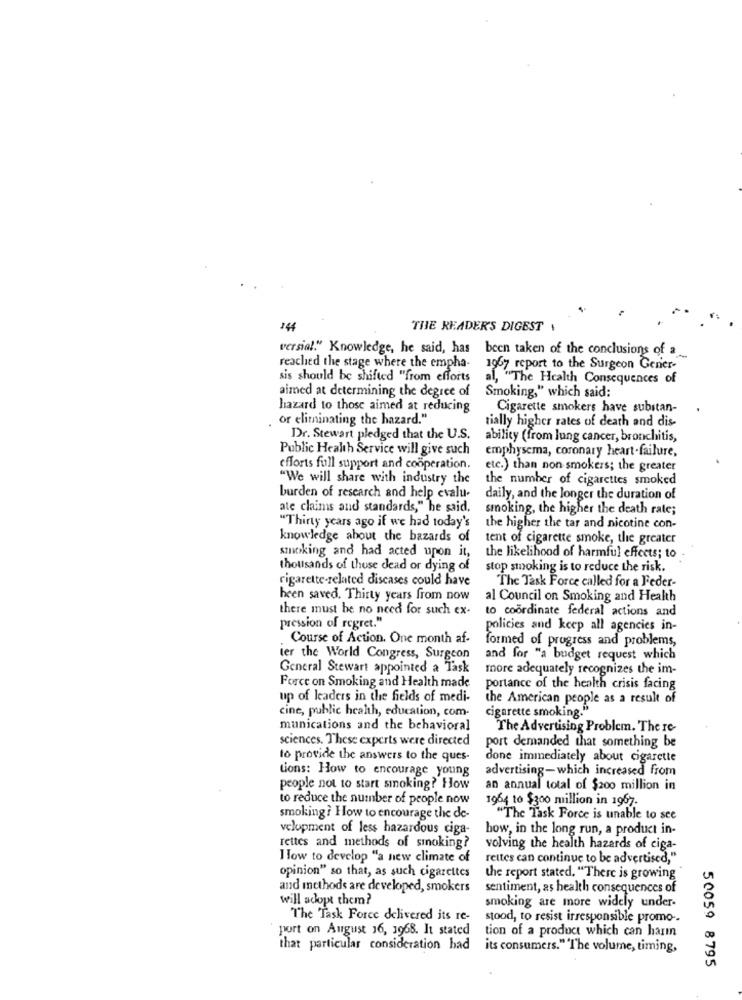
144
THE READER'S DIGEST
versial." Knowledge, he said, has been taken of the conclusions of a
reached the stage where the empha- 1967 report to the Surgeon Gener-
sis should be shifted "from efforts
al, "The Health Consequences of
aimed at determining the degree of
Smoking," which said:
hazard to those aimed at reducing
Cigarette smokers have substan-
or eliminating the hazard."
tially higher rates of death and dis-
Dr. Stewart pledged that the U.S.
ability (from lung cancer, bronchitis,
Public Health Service will give such
emphysema, coronary heart.failure,
efforts full support and cooperation.
etc.) than non smokers; the greater
"We will share with industry the
the number of cigarettes smoked
burden of research and help evalu-
daily, and the longer the duration of
ate claims and standards," he said,
smoking, the higher the death rate;
"Thirty years ago if we had today's
the higher the tar and nicotine con-
knowledge about the bazards of
tent of cigarette smoke, the greater
smoking and had acted upon it,
the likelihood of harmful effects; to
thousands of those dead or dying of
stop smoking is to reduce the risk.
cigarette-related diseases could have
The Task Force called for a Feder-
been saved. Thirty years from now
al Council on Smoking and Health
there must be no need for such ex-
to coordinate federal actions and
pression of regret."
policies and keep all agencies in-
Course of Action. One month af-
formed of progress and problems,
ter the World Congress, Surgeon
and for "a budget request which
General Stewart appointed a Task
more adequately recognizes the im-
Force on Smoking and Health made
portance of the health crisis facing
up of leaders in the fields of medi-
the American people as a result of
cine, public health, education, com-
cigarette smoking.'
munications and the behavioral
The Advertising Problem. The re-
sciences. These experts were directed
port demanded that something be
to provide the answers to the ques-
done immediately about cigarette
tions: How to encourage young
advertising-which increased from
people not to start smoking? How
an annual total of $200 million in
to reduce the number of people now
1964 to $300 million in 1967.
smoking ? How to encourage the de-
"The Task Force is unable to see
velopment of less hazardous ciga-
how, in the long run, a product in-
rettes and methods of smoking?
volving the health hazards of ciga-
How to develop "a new climate of
rettes can continue to be advertised,"
opinion" so that, as such cigarettes
the report stated. "There is growing
and methods are developed, smokers
sentiment, as health consequences of
will adopt them?
smoking are more widely under-
The Task Force delivered its re-
stood, to resist irresponsible promo -.
port on August 16, 1968. It stated
tion of a product which can harin
that particular consideration had
its consumers." "The volume, timing,
50059 8795